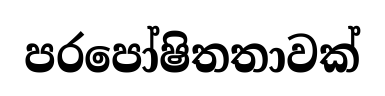
පරපෝෂිතතාවක්